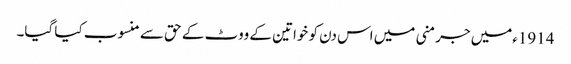
1914ءمیں جرمنی میں اس دن کو خواتین کے ووٹ کے حق سے منسوب کیا گیا۔